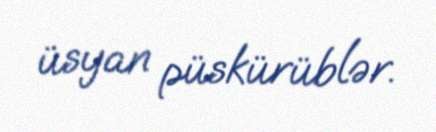
üsyan püskürüblər.